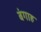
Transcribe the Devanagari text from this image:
बंगाह